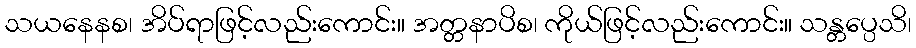
သယနေနစ၊ အိပ်ရာဖြင့်လည်းကောင်း။ အတ္တနာပိစ၊ ကိုယ်ဖြင့်လည်းကောင်း။ သန္တပ္ပေသိ၊